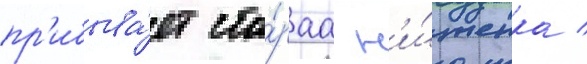
пр'ибыва́ет ста́раа н'и́щенка /